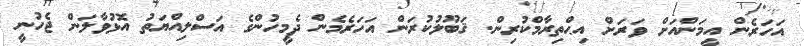
އަހަރެން އީމަންއަށް ވަރަށް އިޙްތިރާމްކުރިން. ޤަބޫލުކުރަން އަހަރެމެން ދެމީހުންގެ އަސްލިއްޔަތު އޮޅުވާލަން ޖެހުނީ